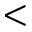
<